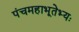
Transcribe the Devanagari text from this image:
पंचमहाभूतेभ्यः